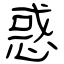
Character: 惑